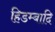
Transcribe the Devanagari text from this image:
हिडम्बादि